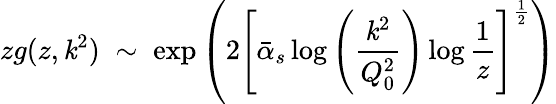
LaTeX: zg(z,\mathit{k}^{2})\; \sim\; \exp\left(2\left[\bar{{\alpha}}_{s}\log\left(\frac{{\mathit{k}^{2}}}{{Q_{0}^{2}}}\right)\log\frac{{1}}{{z}}\right]^{\frac{{1}}{{2}}}\right)